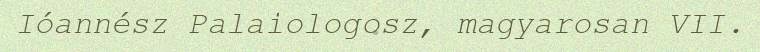
Ióannész Palaiologosz, magyarosan VII.